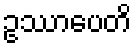
ဥဿာပေတိ